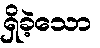
ရှိခဲ့သော